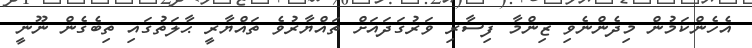
އެހެންކަމުން މިދެންނެވި ޒިންމާ ފިސާރި ވަރުގަދައަށް ތައްޔާރުވެ ތައްޔާރީ ޙާލަތުގައި ތިބެގެން ނޫނީ